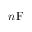
n \mathrm { { F } }